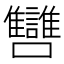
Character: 㘜